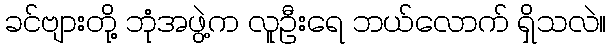
ခင်ဗျားတို့ ဘုံအဖွဲ့က လူဦးရေ ဘယ်လောက် ရှိသလဲ။